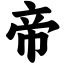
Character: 帝